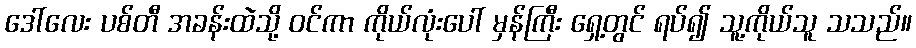
ဒေါ်လေး ပစ်တီ အခန်းထဲသို့ ဝင်ကာ ကိုယ်လုံးပေါ် မှန်ကြီး ရှေ့တွင် ရပ်၍ သူ့ကိုယ်သူ သသည်။